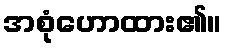
အစုံဟောထား၏။